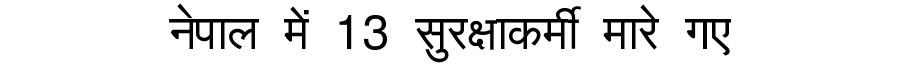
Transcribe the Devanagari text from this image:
नेपाल में 13 सुरक्षाकर्मी मारे गए